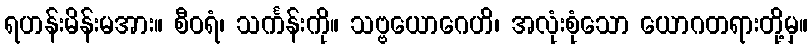
ရဟန်းမိန်းမအား။ စီဝရံ၊ သင်္ကန်းကို။ သဗ္ဗယောဂေဟိ၊ အလုံးစုံသော ယောဂတရားတို့မှ။